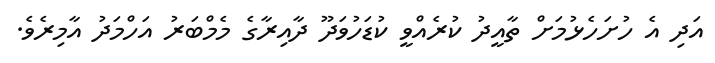
އަދި އެ ހުށަހެޅުމަށް ތާއީދު ކުރެއްވީ ކުޑަހުވަދޫ ދާއިރާގެ މެމްބަރު އަހްމަދު އާމިރެވެ.